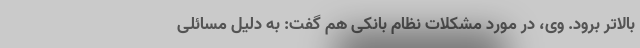
بالاتر برود. وی، در مورد مشکلات نظام بانکی هم گفت: به دلیل مسائلی